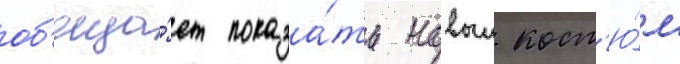
об'еща́ет показа́ть новыи кост'ю́м